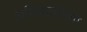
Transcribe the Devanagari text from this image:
अधिकार्याच्या